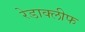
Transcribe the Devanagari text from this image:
रेडाक्लीफ